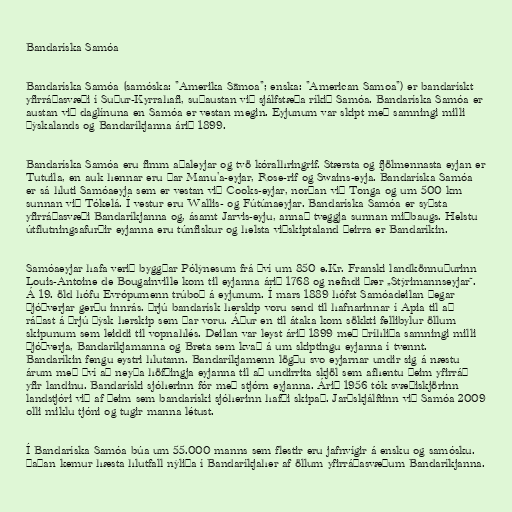
Bandaríska Samóa

Bandaríska Samóa (samóska: "Amerika Sāmoa"; enska: "American Samoa") er bandarískt
yfirráðasvæði í Suður-Kyrrahafi, suðaustan við sjálfstæða ríkið Samóa. Bandaríska Samóa er
austan við daglínuna en Samóa er vestan megin. Eyjunum var skipt með samningi milli
Þýskalands og Bandaríkjanna árið 1899.

Bandaríska Samóa eru fimm aðaleyjar og tvö kóralhringrif. Stærsta og fjölmennasta eyjan er
Tutuila, en auk hennar eru þar Manu'a-eyjar, Rose-rif og Swains-eyja. Bandaríska Samóa
er sá hluti Samóaeyja sem er vestan við Cooks-eyjar, norðan við Tonga og um 500 km
sunnan við Tókelá. Í vestur eru Wallis- og Fútúnaeyjar. Bandaríska Samóa er syðsta
yfirráðasvæði Bandaríkjanna og, ásamt Jarvis-eyju, annað tveggja sunnan miðbaugs. Helstu
útflutningsafurðir eyjanna eru túnfiskur og helsta viðskiptaland þeirra er Bandaríkin.

Samóaeyjar hafa verið byggðar Pólýnesum frá því um 850 e.Kr. Franski landkönnuðurinn
Louis-Antoine de Bougainville kom til eyjanna árið 1768 og nefndi þær „Stýrimannseyjar“.
Á 19. öld hófu Evrópumenn trúboð á eyjunum. Í mars 1889 hófst Samóadeilan þegar
Þjóðverjar gerðu innrás. Þrjú bandarísk herskip voru send til hafnarinnar í Apia til að
ráðast á þrjú þýsk herskip sem þar voru. Áður en til átaka kom sökkti fellibylur öllum
skipunum sem leiddi til vopnahlés. Deilan var leyst árið 1899 með þríhliða samningi milli
Þjóðverja, Bandaríkjamanna og Breta sem kvað á um skiptingu eyjanna í tvennt.
Bandaríkin fengu eystri hlutann. Bandaríkjamenn lögðu svo eyjarnar undir sig á næstu
árum með því að neyða höfðingja eyjanna til að undirrita skjöl sem afhentu þeim yfirráð
yfir landinu. Bandaríski sjóherinn fór með stjórn eyjanna. Árið 1956 tók svæðiskjörinn
landstjóri við af þeim sem bandaríski sjóherinn hafði skipað. Jarðskjálftinn við Samóa 2009
olli miklu tjóni og tugir manna létust.

Í Bandaríska Samóa búa um 55.000 manns sem flestir eru jafnvígir á ensku og samósku.
Þaðan kemur hæsta hlutfall nýliða í Bandaríkjaher af öllum yfirráðasvæðum Bandaríkjanna.